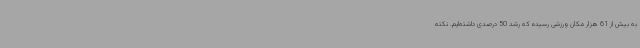
به بیش از 61 هزار مکان ورزشی رسیده که رشد 50 درصدی داشته‌ایم. نکته